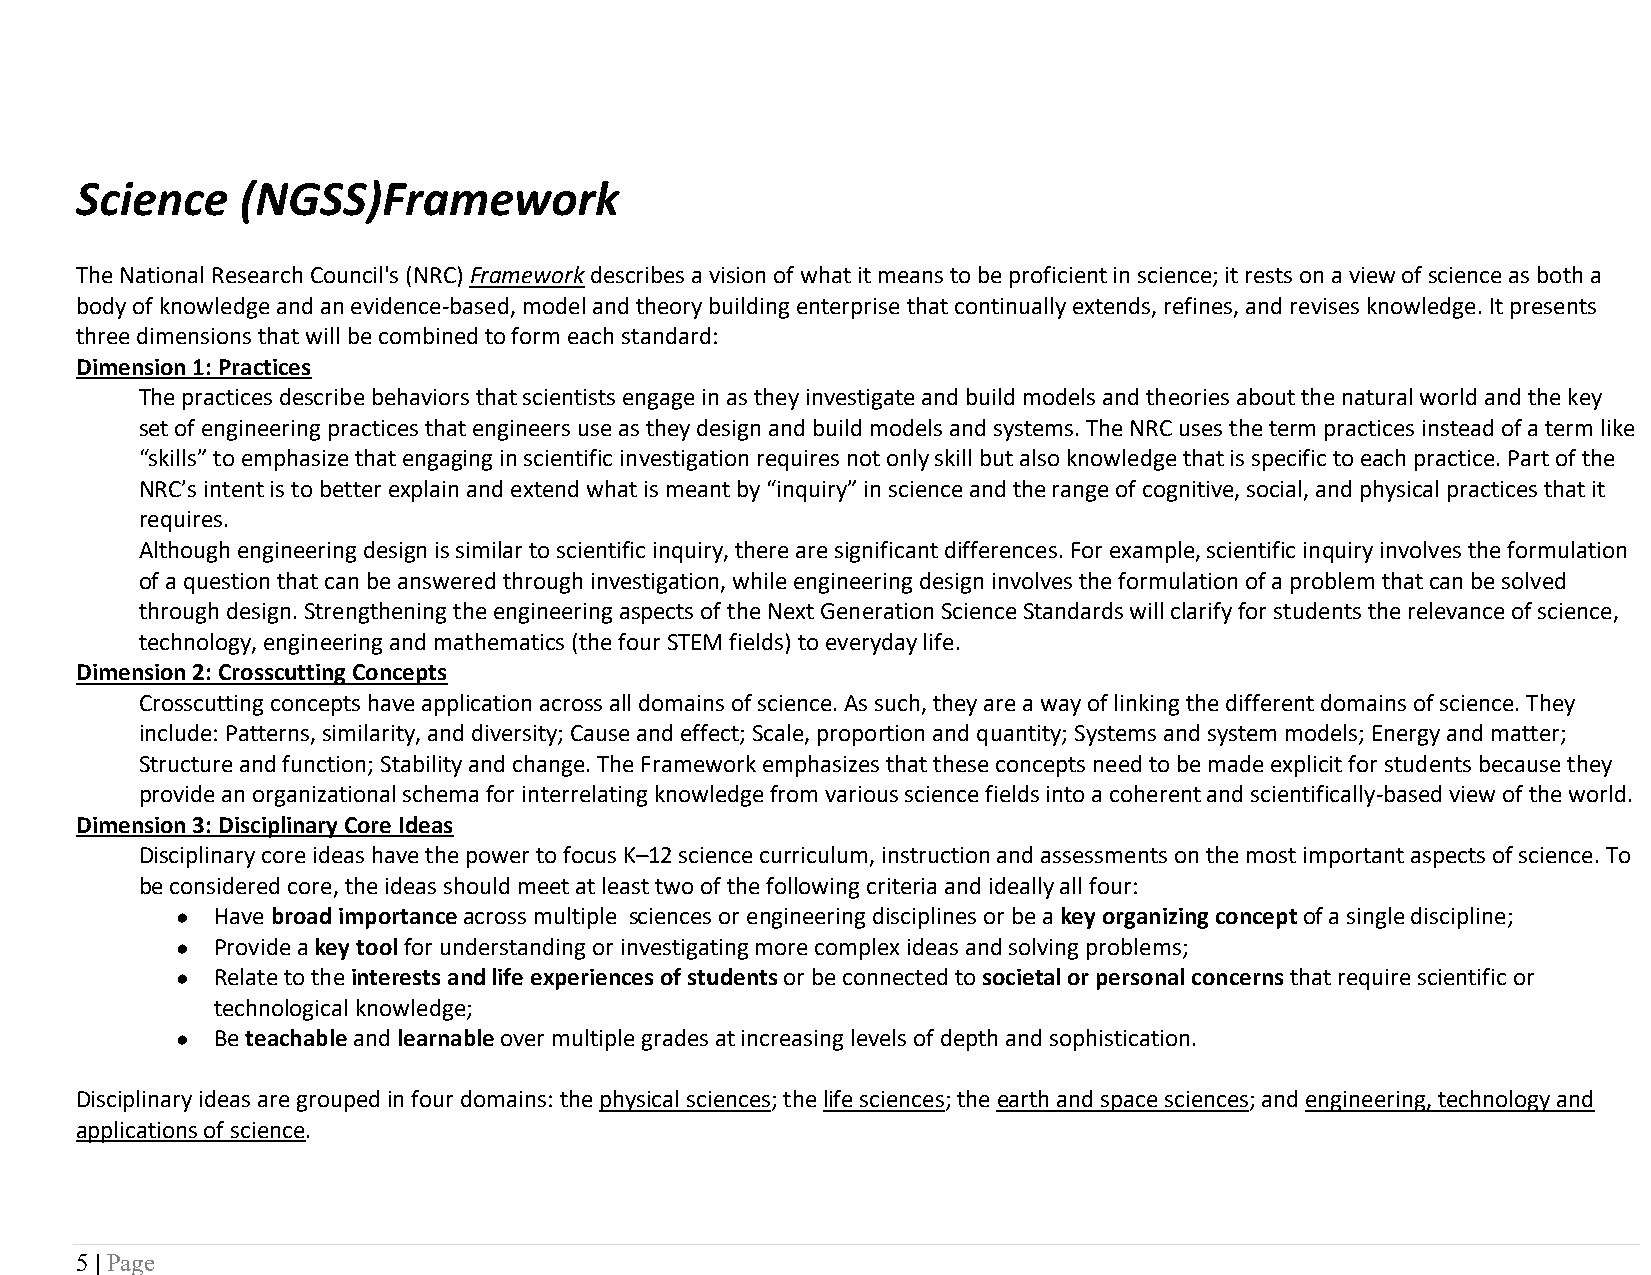
Science    (NGSS)Framework
 The National Research Council's (NRC) Framework describes a vision of what it means to be proficient in science; it rests on a view of science as both a
 body of knowledge and an evidence-based, model and theory building enterprise that continually extends, refines, and revises knowledge. It presents
 three dimensions that will be combined to form each standard:
 Dimension 1: Practices
 The practices describe behaviors that scientists engage in as they investigate and build models and theories about the natural world and the key
 set of engineering practices that engineers use as they design and build models and systems. The NRC uses the term practices instead of a term like
 “skills” to emphasize that engaging in scientific investigation requires not only skill but also knowledge that is specific to each practice. Part of the
 NRC’s intent is to better explain and extend what is meant by “inquiry” in science and the range of cognitive, social, and physical practices that it
 requires.
 Although engineering design is similar to scientific inquiry, there are significant differences. For example, scientific inquiry involves the formulation
 of a question that can be answered through investigation, while engineering design involves the formulation of a problem that can be solved
 through design. Strengthening the engineering aspects of the Next Generation Science Standards will clarify for students the relevance of science,
 technology, engineering and mathematics (the four STEM fields) to everyday life.
 Dimension 2: Crosscutting Concepts
 Crosscutting concepts have application across all domains of science. As such, they are a way of linking the different domains of science. They
 include: Patterns, similarity, and diversity; Cause and effect; Scale, proportion and quantity; Systems and system models; Energy and matter;
 Structure and function; Stability and change. The Framework emphasizes that these concepts need to be made explicit for students because they
 provide an organizational schema for interrelating knowledge from various science fields into a coherent and scientifically-based view of the world.
 Dimension 3: Disciplinary Core Ideas
 Disciplinary core ideas have the power to focus K–12 science curriculum, instruction and assessments on the most important aspects of science. To
 be considered core, the ideas should meet at least two of the following criteria and ideally all four:
 ● Have broad importance across multiple sciences or engineering disciplines or be a key organizing concept of a single discipline;
 ● Provide a key tool for understanding or investigating more complex ideas and solving problems;
 ● Relate to the interests and life experiences of students or be connected to societal or personal concerns that require scientific or
 technological knowledge;
 ● Be teachable and learnable over multiple grades at increasing levels of depth and sophistication.
 Disciplinary ideas are grouped in four domains: the physical sciences; the life sciences; the earth and space sciences; and engineering, technology and
 applications of science.
 5 | Page